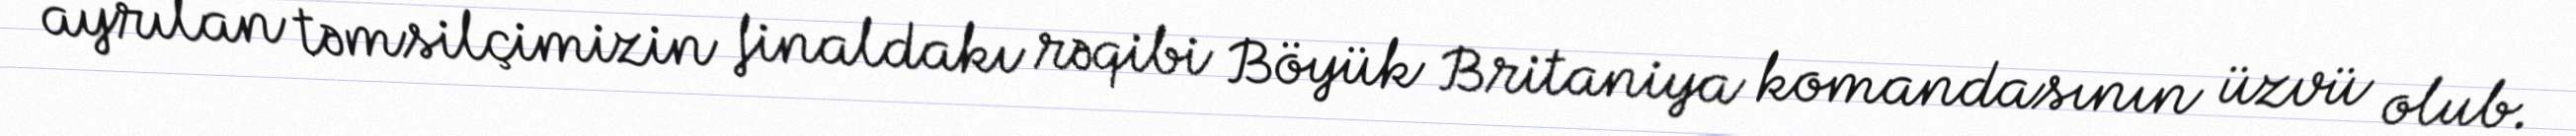
ayrılan təmsilçimizin finaldakı rəqibi Böyük Britaniya komandasının üzvü olub.